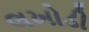
લખોડી